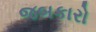
જબકારો